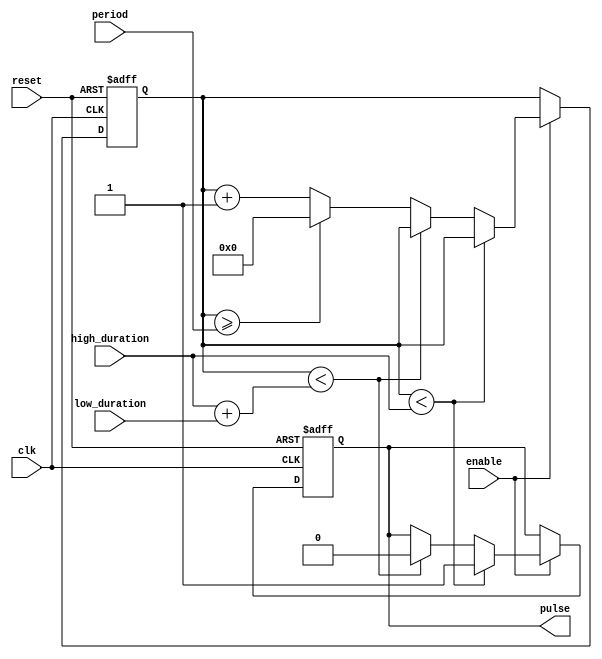
module DutyCyclePulseGenerator (
    input wire clk,
    input wire reset,
    input wire enable,
    input wire [3:0] high_duration,
    input wire [3:0] low_duration,
    input wire [7:0] period,
    output reg pulse
);

reg [7:0] count;

always @(posedge clk or posedge reset) begin
    if (reset) begin
        count <= 0;
        pulse <= 0;
    end else if (enable) begin
        if (count < high_duration) begin
            pulse <= 1;
        end else if (count < (high_duration + low_duration)) begin
            pulse <= 0;
        end else if (count >= period) begin
            count <= 0;
        end else begin
            count <= count + 1;
        end
    end
end

endmodule